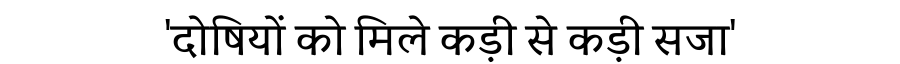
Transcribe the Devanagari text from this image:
'दोषियों को मिले कड़ी से कड़ी सजा'